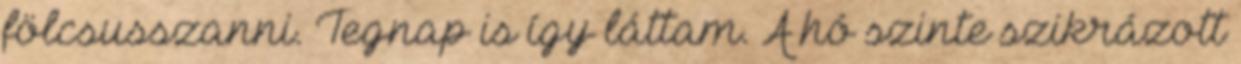
fölcsusszanni. Tegnap is így láttam. A hó szinte szikrázott